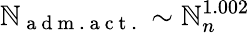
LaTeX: \mathbb{N}_{\mathrm{{~a~d~m~.~a~c~t~.~}}}\sim\mathbb{N}_{n}^{1.002}